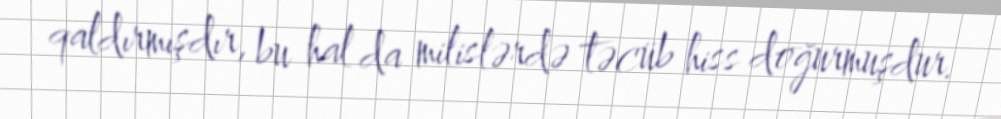
qaldırmışdır, bu hal da milislərdə təcüb hiss doğurmuşdur.